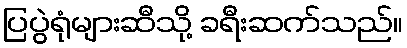
ပြပွဲရုံများဆီသို့ ခရီးဆက်သည်။